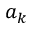
a _ { k }